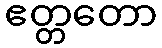
ဧတ္တတော